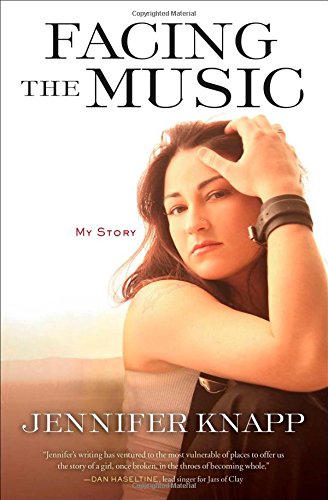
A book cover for Facing the Music: My Story; Jennifer Knapp; Gay & Lesbian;